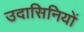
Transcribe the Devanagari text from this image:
उदासिनियों